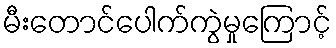
မီးတောင်ပေါက်ကွဲမှုကြောင့်